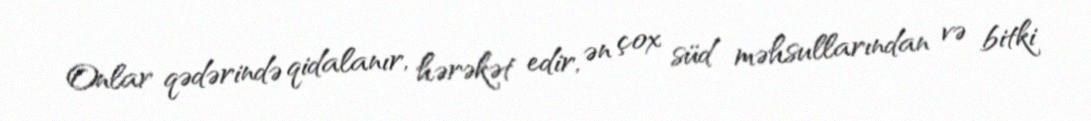
Onlar qədərində qidalanır, hərəkət edir, ən çox süd məhsullarından və bitki